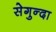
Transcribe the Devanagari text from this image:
सेगुन्दा